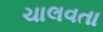
ચાલવતા